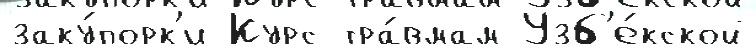
заку́порк'и Курс тра́вмам Узб'е́кской